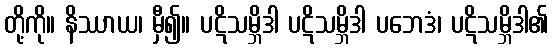
တို့ကို။ နိဿာယ၊ မှီ၍။ ပဋိသမ္ဘိဒါ ပဋိသမ္ဘိဒါ ပဘေဒံ၊ ပဋိသမ္ဘိဒါ၏